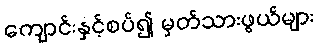
ကျောင်းနှင့်စပ်၍ မှတ်သားဖွယ်များ